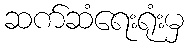
ဆက်ဆံရေးရုံးမှ